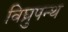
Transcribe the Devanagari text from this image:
विघ्रुपन्थ